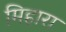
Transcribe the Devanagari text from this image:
मिहारा